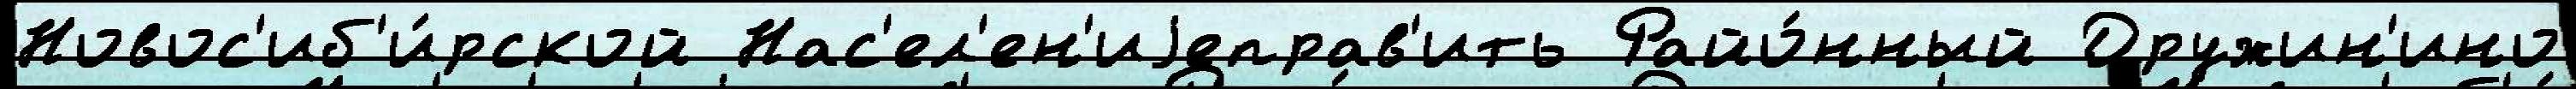
Новос'иб'и́рской Нас'ел'ен'иjеправ'ить Райо́нный Дружин'ино